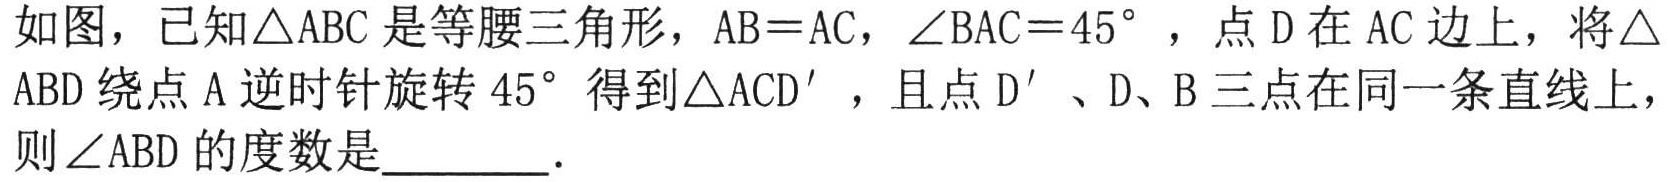
如图，已知\(\triangle ABC\)是等腰三角形，\(AB = AC\)，\(\angle BAC = 45^{\circ}\) ，点\(D\)在\(AC\)边上，将\(\triangle ABD\)绕点\(A\)逆时针旋转\(45^{\circ}\)得到\(\triangle ACD'\) ，且点\(D'\)、\(D\)、\(B\)三点在同一条直线上，则\(\angle ABD\)的度数是  ．